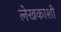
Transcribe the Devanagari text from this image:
लेखकाशी